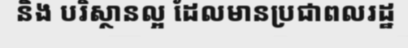
និង បរិស្ថានល្អ ដែលមានប្រជាពលរដ្ឋ